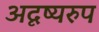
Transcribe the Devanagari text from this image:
अदृष्यरुप